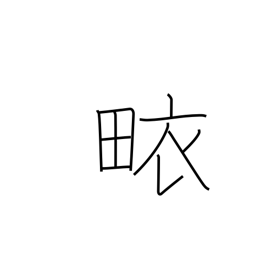
Meaning: surplice